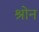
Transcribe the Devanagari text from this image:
श्रोन